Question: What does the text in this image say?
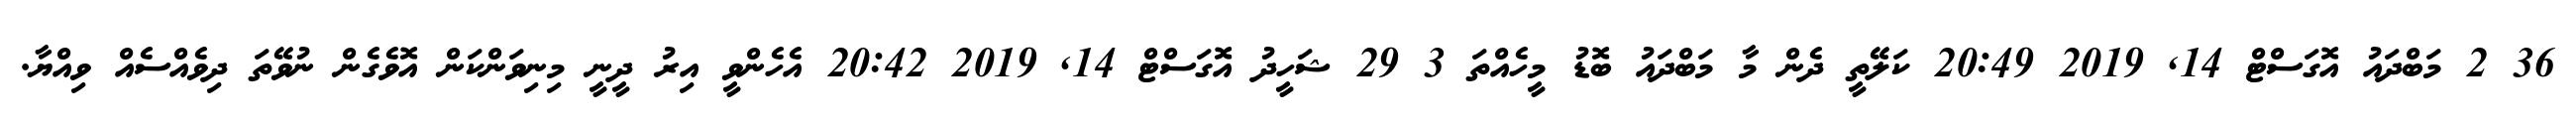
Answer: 36 2 މަބްދައު އޮގަސްޓް 14, 2019 20:49 ކަލޭތީ ދެން މާ މަބްދައު ބޮޑު މީހެއްތަ 3 29 ޝަހީދު އޮގަސްޓް 14, 2019 20:42 އެހެންވީ އިރު ދީނީ މިނިވަންކަން އޮވެގެން ނުވޭތަ ދިވެއްސެއް ވިއްޔާ.